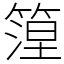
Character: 篞